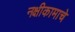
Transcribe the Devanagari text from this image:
नक्षीकामाचे